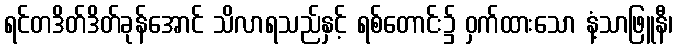
ရင်တဒိတ်ဒိတ်ခုန်အောင် သိလာရသည်နှင့် ရစ်တောင်း၌ ဝှက်ထားသော နံ့သာဖြူနီ၊